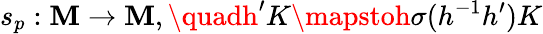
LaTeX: s_{p}:\mathbf{M}\to\mathbf{M},\quadh^{\prime}K\mapstoh\sigma(h^{-1}h^{\prime})K